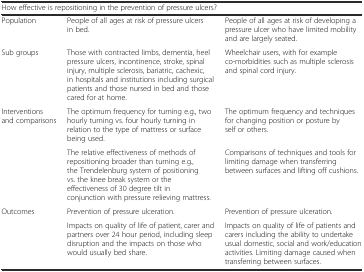
<table><thead><tr><td colspan="3"><b>How effective is repositioning in the prevention of pressure ulcers?</b></td></tr></thead><tbody><tr><td>Population</td><td>People of all ages at risk of pressure ulcers in bed.</td><td>People of all ages at risk of developing a pressure ulcer who have limited mobility and are largely seated.</td></tr><tr><td>Sub groups</td><td>Those with contracted limbs, dementia, heel pressure ulcers, incontinence, stroke, spinal injury, multiple sclerosis, bariatric, cachexic, in hospitals and institutions including surgical patients and those nursed in bed and those cared for at home.</td><td>Wheelchair users, with for example co-morbidities such as multiple sclerosis and spinal cord injury.</td></tr><tr><td rowspan="2">Interventions and comparisons</td><td>The optimum frequency for turning e.g., two hourly turning vs. four hourly turning in relation to the type of mattress or surface being used.</td><td>The optimum frequency and techniques for changing position or posture by self or others.</td></tr><tr><td>The relative effectiveness of methods of repositioning broader than turning e.g., the Trendelenburg system of positioning vs. the knee break system or the effectiveness of 30 degree tilt in conjunction with pressure relieving mattress.</td><td>Comparisons of techniques and tools for limiting damage when transferring between surfaces and lifting off cushions.</td></tr><tr><td rowspan="2">Outcomes</td><td>Prevention of pressure ulceration.</td><td>Prevention of pressure ulceration.</td></tr><tr><td>Impacts on quality of life of patient, carer and partners over 24 hour period, including sleep disruption and the impacts on those who would usually bed share.</td><td>Impacts on quality of life of patients and carers including the ability to undertake usual domestic, social and work/education activities. Limiting damage caused when transferring between surfaces.</td></tr></tbody></table>